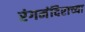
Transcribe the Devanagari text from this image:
रंगमंदिराच्या